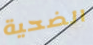
الضحية